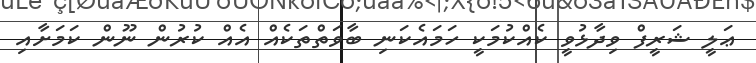
ޢަލީ ޝަރީފް ވިދާޅުވީ ކެއްކުމަކީ ހަމައެކަނި ބާވަތްތަކެއް އެއް ކުރުން ނޫން ކަމަށާއި